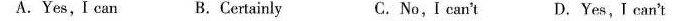
A.Yes,I can B.Certainly C. No,I can't D.Yes,I can't